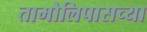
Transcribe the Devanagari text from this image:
तामौलिपासच्या